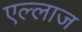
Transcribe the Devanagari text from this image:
एल्लाज